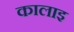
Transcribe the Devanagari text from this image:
कालाइ